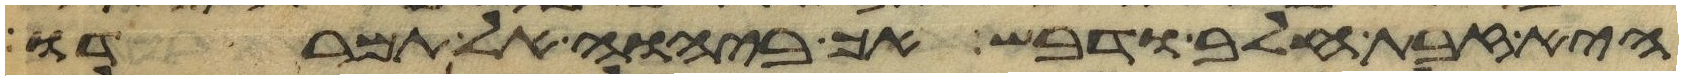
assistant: היא זבת חלב ודבש אך ביהוה אל תמרדו